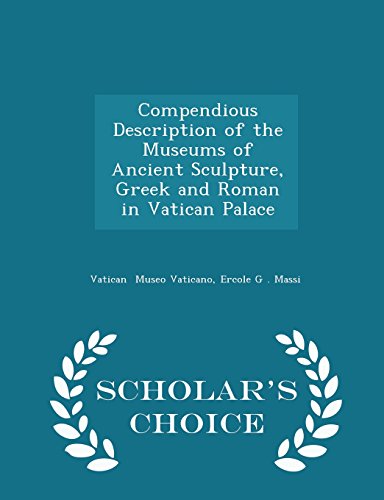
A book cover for Compendious Description of the Museums of Ancient Sculpture, Greek and Roman in Vatican Palace - Scholar's Choice Edition; Ercole G . Massi Vatica Museo Vaticano; Travel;